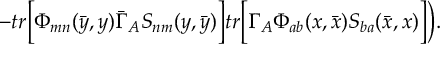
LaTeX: - t r \biggl [ \Phi _ { m n } ( \bar { y } , y ) \bar { \Gamma } _ { A } S _ { n m } ( y , \bar { y } ) \biggr ] t r \biggl [ \Gamma _ { A } \Phi _ { a b } ( x , \bar { x } ) S _ { b a } ( \bar { x } , x ) \biggr ] \biggr ) .